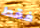
فقط